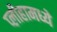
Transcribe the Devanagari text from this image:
प्लीहामध्ये